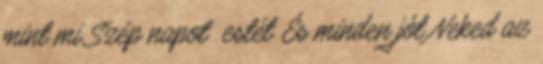
mint mi Szép napot estét És minden jót Neked az